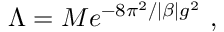
\Lambda = M e ^ { - 8 \pi ^ { 2 } / | \beta | g ^ { 2 } } \ ,